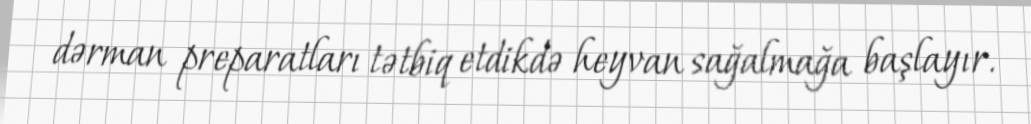
dərman preparatları tətbiq etdikdə heyvan sağalmağa başlayır.